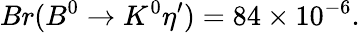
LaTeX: Br(B^{0}\to K^{0}\eta^{\prime})=84\times 10^{-6}.